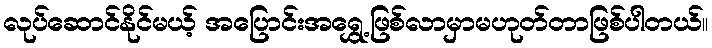
လုပ်ဆောင်နိုင်မယ့် အပြောင်းအရွှေ့ဖြစ်လာမှာမဟုတ်တာဖြစ်ပါတယ်။